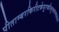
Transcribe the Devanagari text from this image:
पीताम्बरकिरीटकेयूरकौस्तुभवनमालाधरं